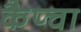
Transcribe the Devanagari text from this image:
कैप्चा